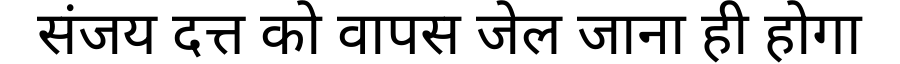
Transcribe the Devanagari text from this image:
संजय दत्त को वापस जेल जाना ही होगा